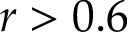
r > 0 . 6